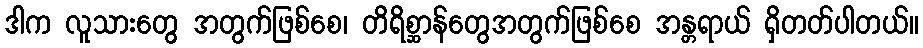
ဒါက လူသားတွေ အတွက်ဖြစ်စေ၊ တိရိစ္ဆာန်တွေအတွက်ဖြစ်စေ အန္တရာယ် ရှိတတ်ပါတယ်။